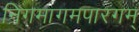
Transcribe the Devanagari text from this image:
निगमागमपारगम्